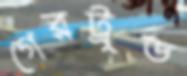
গেরট্রুড